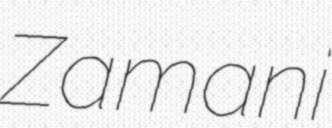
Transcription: Zamani